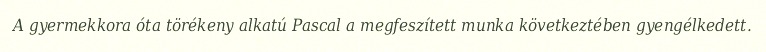
A gyermekkora óta törékeny alkatú Pascal a megfeszített munka következtében gyengélkedett.